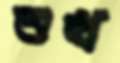
শুখ